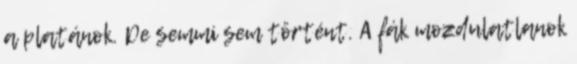
a platánok. De semmi sem történt. A fák mozdulatlanok